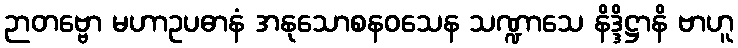
ဉာတဗ္ဗော မဟာဥပဓာနံ အနုသောစနဝသေန သဏ္ဍာသေ နိဒ္ဒိဋ္ဌာနိ ဗာဟူ